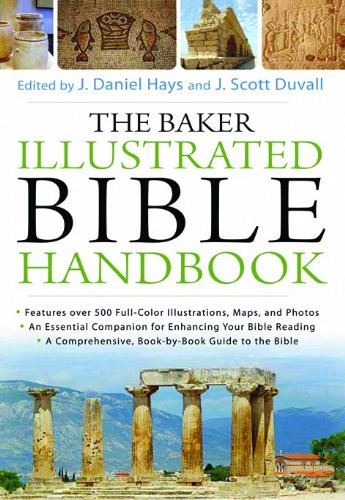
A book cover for The Baker Illustrated Bible Handbook; Christian Books & Bibles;